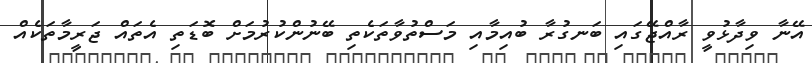
އޭނާ ވިދާޅުވީ ރާއްޖޭގައި ބަނގުރާ ބުއިމާއި މަސްތުވާތަކެތި ބޭނުންކުރުމަށް ބޮޑަތި އެތައް ޖަރީމާތަކެއް